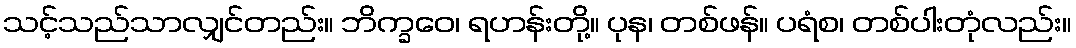
သင့်သည်သာလျှင်တည်း။ ဘိက္ခဝေ၊ ရဟန်းတို့။ ပုန၊ တစ်ဖန်။ ပရံစ၊ တစ်ပါးတုံလည်း။